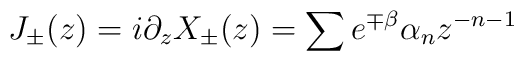
J_{\pm }(z) = i\partial _z X_{\pm }(z) = \sum e^{\mp \beta }\alpha _n z^{-n-1}